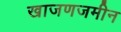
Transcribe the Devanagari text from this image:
खाजणजमीन